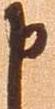
申